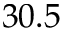
3 0 . 5